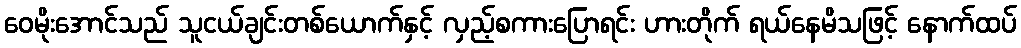
ဝေမိုးအောင်သည် သူငယ်ချင်းတစ်ယောက်နှင့် လှည့်စကားပြောရင်း ဟားတိုက် ရယ်နေမိသဖြင့် နောက်ထပ်